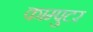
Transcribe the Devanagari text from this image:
काम्पुटर